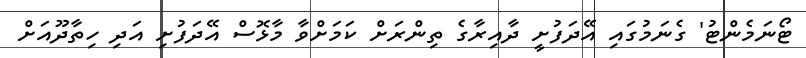
ޓޯނަމެންޓު' ގެނަމުގައި އޭދަފުށީ ދާއިރާގެ ތިންރަށް ކަމަށްވާ މާޅޮސް އޭދަފުށި އަދި ހިތާދޫއަށް